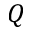
Q